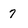
Character: 7